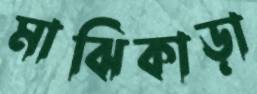
মাঝিকাড়া